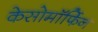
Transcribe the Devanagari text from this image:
केसोमॉर्फिन